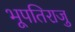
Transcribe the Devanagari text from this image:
भूपतिराजु